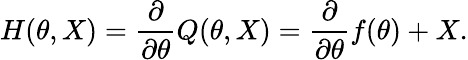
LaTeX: H(\theta,X)={\frac{\partial}{\partial\theta}}Q(\theta,X)={\frac{\partial}{\partial\theta}}f(\theta)+X.